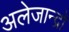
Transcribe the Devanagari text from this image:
अलेजान्द्रो